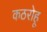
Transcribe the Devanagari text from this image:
कठरोहू